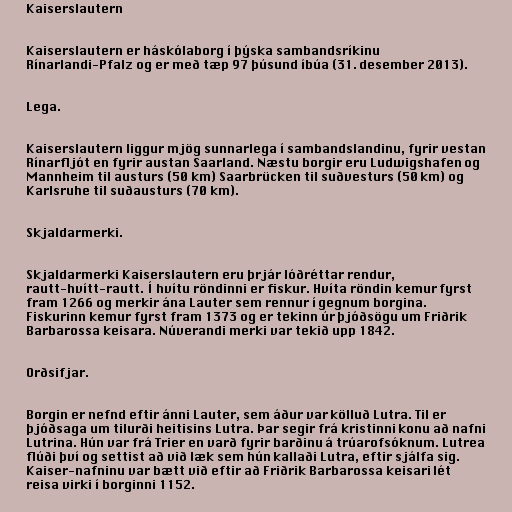
Kaiserslautern

Kaiserslautern er háskólaborg í þýska sambandsríkinu
Rínarlandi-Pfalz og er með tæp 97 þúsund íbúa (31. desember 2013).

Lega.

Kaiserslautern liggur mjög sunnarlega í sambandslandinu, fyrir vestan
Rínarfljót en fyrir austan Saarland. Næstu borgir eru Ludwigshafen og
Mannheim til austurs (50 km) Saarbrücken til suðvesturs (50 km) og
Karlsruhe til suðausturs (70 km).

Skjaldarmerki.

Skjaldarmerki Kaiserslautern eru þrjár lóðréttar rendur,
rautt-hvítt-rautt. Í hvítu röndinni er fiskur. Hvíta röndin kemur fyrst
fram 1266 og merkir ána Lauter sem rennur í gegnum borgina.
Fiskurinn kemur fyrst fram 1373 og er tekinn úr þjóðsögu um Friðrik
Barbarossa keisara. Núverandi merki var tekið upp 1842.

Orðsifjar.

Borgin er nefnd eftir ánni Lauter, sem áður var kölluð Lutra. Til er
þjóðsaga um tilurði heitisins Lutra. Þar segir frá kristinni konu að nafni
Lutrina. Hún var frá Trier en varð fyrir barðinu á trúarofsóknum. Lutrea
flúði því og settist að við læk sem hún kallaði Lutra, eftir sjálfa sig.
Kaiser-nafninu var bætt við eftir að Friðrik Barbarossa keisari lét
reisa virki í borginni 1152.